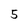
Character: 5